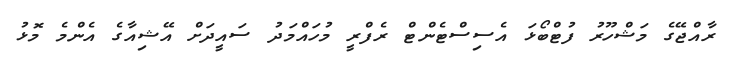
ރާއްޖޭގެ މަޝްހޫރު ފުޓްބޯޅަ އެސިސްޓެންޓް ރެފްރީ މުހައްމަދު ސައީދަށް އޭޝިއާގެ އެންމެ މޮޅު